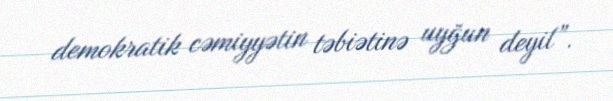
demokratik cəmiyyətin təbiətinə uyğun deyil”.